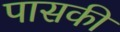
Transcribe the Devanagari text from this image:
पासकी